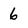
Character: 6